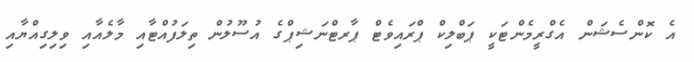
އެ ކޮންސެޝަން އެގްރީމެންޓަކީ ޕަބްލިކް ޕްރައިވެޓް ޕާރޓްނަޝިޕްގެ އުސޫލުން ތިލަފުއްޓާއި މާލެއާއި ވިލިގިއްޔާއި